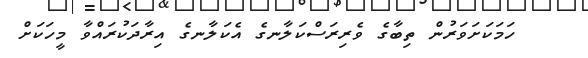
ހަމަކަށަވަރުން ތިބާގެ ވެރިރަސްކަލާނގެ އެކަލާނގެ އިރާދަކުރައްވާ މީހަކަށް